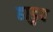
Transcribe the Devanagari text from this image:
हाडुव